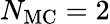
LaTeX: N_{\mathrm{MC}}=2